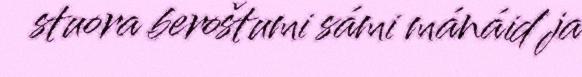
stuora beroštumi sámi mánáid ja